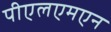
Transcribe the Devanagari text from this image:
पीएलएमएन